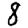
Digit: 8